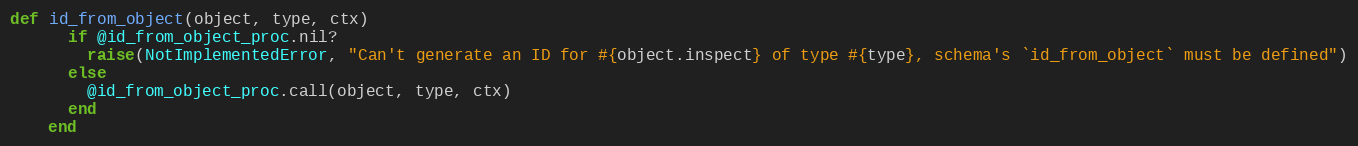
Language: Ruby
def id_from_object(object, type, ctx)
      if @id_from_object_proc.nil?
        raise(NotImplementedError, "Can't generate an ID for #{object.inspect} of type #{type}, schema's `id_from_object` must be defined")
      else
        @id_from_object_proc.call(object, type, ctx)
      end
    end